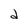
Character: d